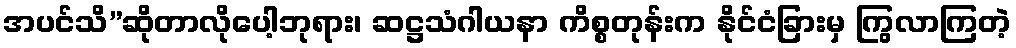
အပင်သိ”ဆိုတာလိုပေါ့ဘုရား၊ ဆဋ္ဌသံဂါယနာ ကိစ္စတုန်းက နိုင်ငံခြားမှ ကြွလာကြတဲ့